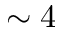
\sim 4